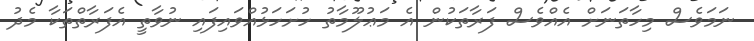
ނަމަވެސް މިހާތަނަށް އެއްވެސް ފަރާތަކުން އެ މަޢުލޫމާތު ހުށަހަޅުއްވައިފައި ނުވާތީ އެފަރާތްތަކާ މެދު